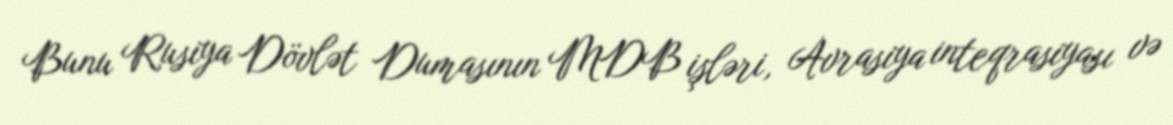
Bunu Rusiya Dövlət Dumasının MDB işləri, Avrasiya inteqrasiyası və